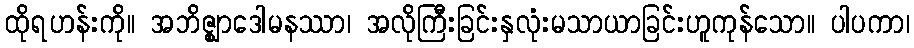
ထိုရဟန်းကို။ အဘိဇ္ဈာဒေါမနဿာ၊ အလိုကြီးခြင်းနှလုံးမသာယာခြင်းဟူကုန်သော။ ပါပကာ၊